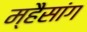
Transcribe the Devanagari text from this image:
म्हैसांग